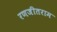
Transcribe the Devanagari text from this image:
रणजीतराम